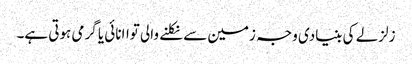
زلزلے کی بنیادی وجہ زمین سے نکلنے والی تواانائی یا گرمی ہوتی ہے۔